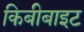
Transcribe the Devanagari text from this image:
किबीबाइट